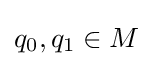
q_{0},q_{1}\in M